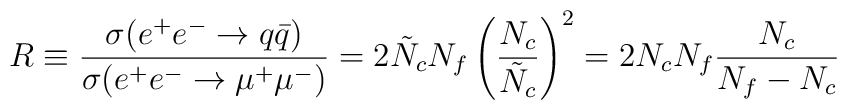
R \equiv \frac{\sigma(e^{+} e^{-} \rightarrow q\bar{q})}        {\sigma(e^{+} e^{-} \rightarrow \mu^{+} \mu^{-})}        = 2 \tilde{N}_{c} N_{f} \left(\frac{N_{c}}{\tilde{N}_{c}}\right)^{2}        = 2 N_{c} N_{f} \frac{N_{c}}{N_{f}-N_{c}}